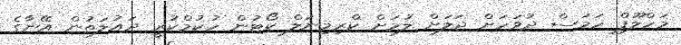
މަހްލޫފް ހަމަސް ދުވަހަށް ޖަލަށް ލުމަށް ކްރިމިނަލް ކޯޓުން ހުކުމްކުރީ ދައުލަތުން އޭނާގެ